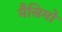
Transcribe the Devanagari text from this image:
मैसिमो